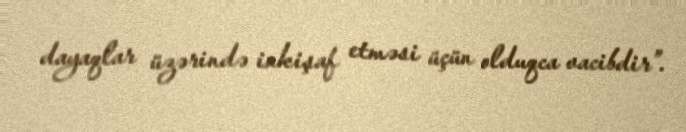
dayaqlar üzərində inkişaf etməsi üçün olduqca vacibdir”.